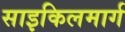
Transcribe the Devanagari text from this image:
साइकिलमार्ग